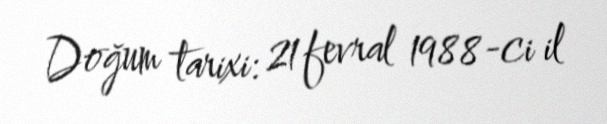
Doğum tarixi: 21 fevral 1988-ci il